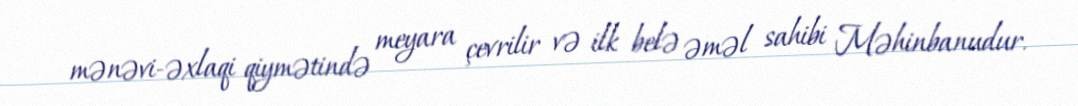
mənəvi-əxlaqi qiymətində meyara çevrilir və ilk belə əməl sahibi Məhinbanudur.